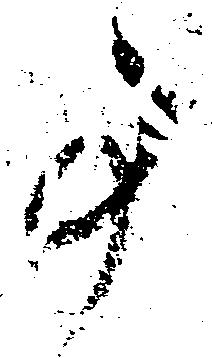
事